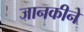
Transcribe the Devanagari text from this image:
जानकीने